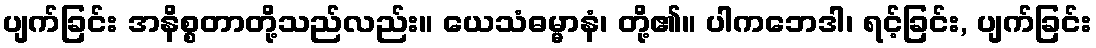
ပျက်ခြင်း အနိစ္စတာတို့သည်လည်း။ ယေသံဓမ္မာနံ၊ တို့၏။ ပါကဘေဒါ၊ ရင့်ခြင်း, ပျက်ခြင်း